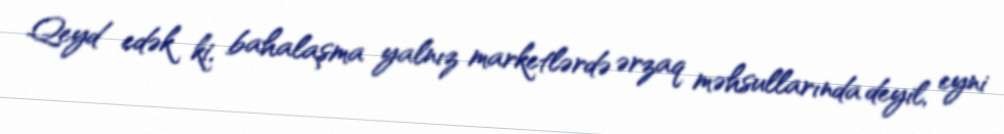
Qeyd edək ki, bahalaşma yalnız marketlərdə ərzaq məhsullarında deyil, eyni